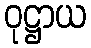
ဝုဋ္ဌာယ